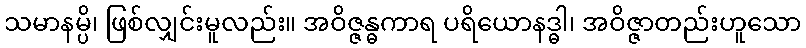
သမာနမ္ပိ၊ ဖြစ်လျှင်းမူလည်း။ အဝိဇ္ဇန္ဓကာရ ပရိယောနဒ္ဓါ၊ အဝိဇ္ဇာတည်းဟူသော